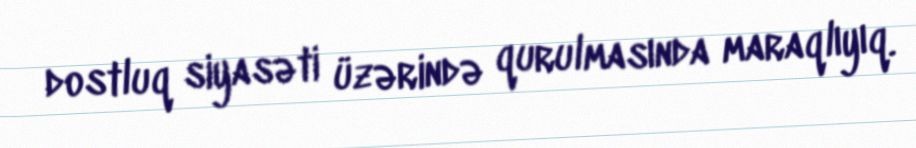
dostluq siyasəti üzərində qurulmasında maraqlıyıq.